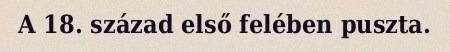
A 18. század első felében puszta.